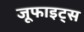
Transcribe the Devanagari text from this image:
जूफाइट्स